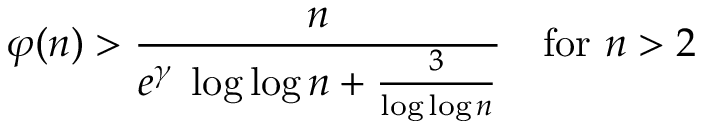
\varphi ( n ) > { \frac { n } { e ^ { \gamma } \; \log \log n + { \frac { 3 } { \log \log n } } } } \quad { \mathrm { f o r ~ } } n > 2